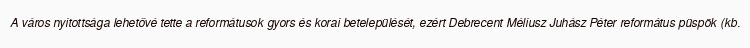
A város nyitottsága lehetővé tette a reformátusok gyors és korai betelepülését, ezért Debrecent Méliusz Juhász Péter református püspök (kb.